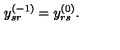
y _ { s r } ^ { ( - 1 ) } = y _ { r s } ^ { ( 0 ) } .